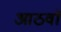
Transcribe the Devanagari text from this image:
आठवाॅ